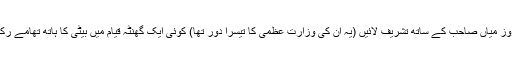
میری اہلیہ کی تدفین کے اگلے ہی روز میاں صاحب کے ساتھ تشریف لائیں (یہ ان کی وزارت عظمیٰ کا تیسرا دور تھا) کوئی ایک گھنٹہ قیام میں بیٹی کا ہاتھ تھامے رکھا اور اس کی دل جوئی کرتی رہیں۔